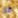
من